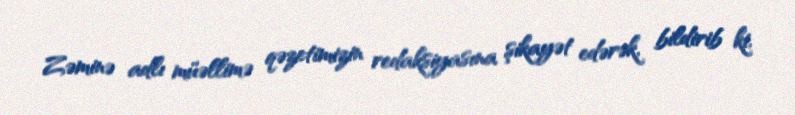
Zəminə adlı müəllimə qəzetimizin redaksiyasına şikayət edərək, bildirib ki,